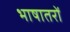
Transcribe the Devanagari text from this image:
भाषातरों